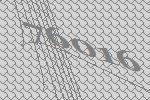
76016